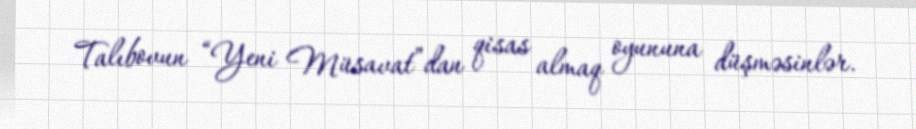
Talıbovun “Yeni Müsavat”dan qisas almaq oyununa düşməsinlər.